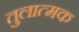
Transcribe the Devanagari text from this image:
तुलात्मक